Elephants and their diseases
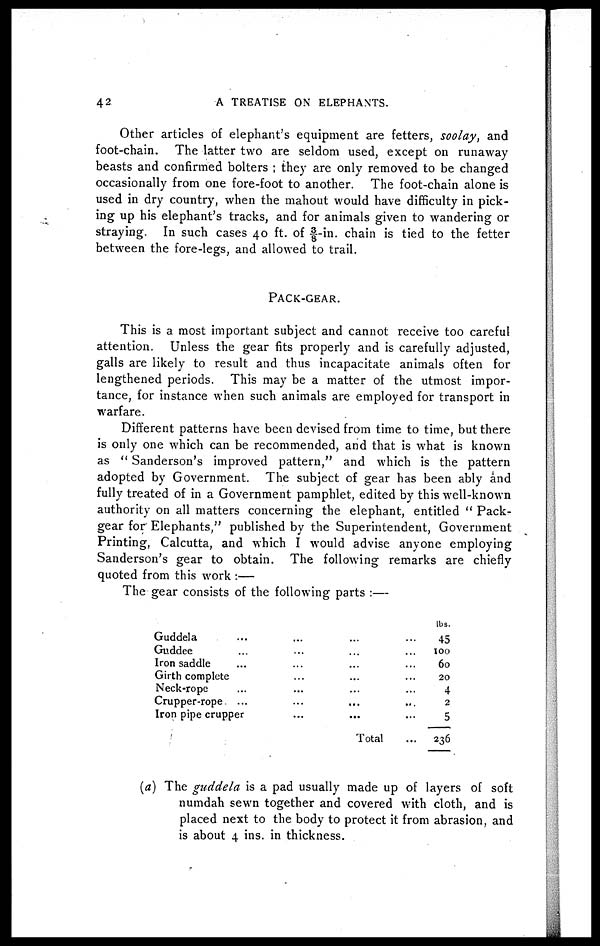
42
A TREATISE ON ELEPHANTS.
Other articles of elephant's equipment are fetters, soolay, and
foot-chain. The latter two are seldom used, except on runaway
beasts and confirmed bolters ; they are only removed to be changed
occasionally from one fore-foot to another. The foot-chain alone is
used in dry country, when the mahout would have difficulty in pick-
ing up his elephant's tracks, and for animals given to wandering or
straying. In such cases 40 ft. of 3/8-in. chain is tied to the fetter
between the fore-legs, and allowed to trail.
PACK-GEAR.
This is a most important subject and cannot receive too careful
attention. Unless the gear fits properly and is carefully adjusted,
galls are likely to result and thus incapacitate animals often for
lengthened periods. This may be a matter of the utmost impor-
tance, for instance when such animals are employed for transport in
warfare.
Different patterns have been devised from time to time, but there
is only one which can be recommended, and that is what is known
as " Sanderson's improved pattern," and which is the pattern
adopted by Government. The subject of gear has been ably and
fully treated of in a Government pamphlet, edited by this well-known
authority on all matters concerning the elephant, entitled " Pack-
gear for Elephants," published by the Superintendent, Government
Printing, Calcutta, and which I would advise anyone employing
Sanderson's gear to obtain. The following remarks are chiefly
quoted from this work :—
The gear consists of the following parts :—
Guddela ... ...
Guddee ... ...
Iron saddle ... ...
Girth complete ...
Neck-rope ... ...
Crupper-rope. ... ...
Iron pipe crupper ...
...
...
...
...
...
...
...
Total
lbs.
45
100
60
20
4
2
5
236
(a) The guddela is a pad usually made up of layers of soft
numdah sewn together and covered with cloth, and is
placed next to the body to protect it from abrasion, and
is about 4 ins. in thickness.